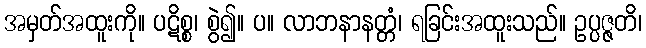
အမှတ်အထူးကို။ ပဋိစ္စ၊ စွဲ၍။ ပ။ လာဘနာနတ္တံ၊ ရခြင်းအထူးသည်။ ဥပ္ပဇ္ဇတိ၊